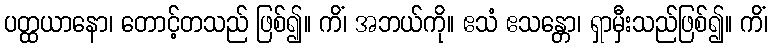
ပတ္ထယာနော၊ တောင့်တသည် ဖြစ်၍။ ကိံ၊ အဘယ်ကို။ ဧသံ ဧသန္တော၊ ရှာမှီးသည်ဖြစ်၍။ ကိံ၊